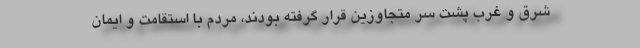
شرق و غرب پشت سر متجاوزین قرار گرفته بودند، مردم با استقامت و ایمان